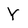
Character: Y